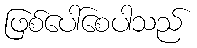
ဖြစ်ပေါ်စေပါသည်